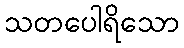
သတပေါရိသော